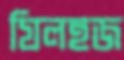
যিলহজ